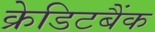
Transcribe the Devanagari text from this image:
क्रेडिटबैंक